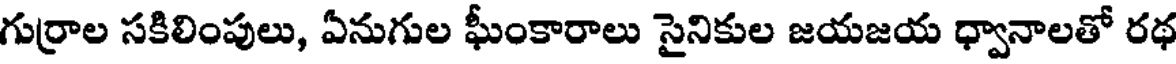
గుర్రాల సకిలింపులు, ఏనుగుల ఘీంకారాలు సైనికుల జయజయ ధ్వానాలతో రథ